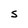
Character: s